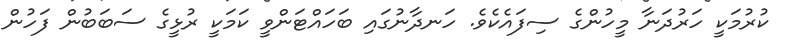
ކުރުމަކީ ހަރުދަނާ މީހުންގެ ސިފައެކެވެ. ހަނދާނުގައި ބަހައްޓަންވީ ކަމަކީ ރުޅީގެ ސަބަބުން ފަހުން